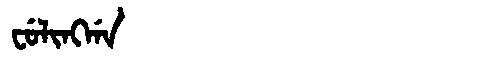
Manchu: ᠸᡠᠯᡳᠩᡤᠠ
Romanization: FULINGGA